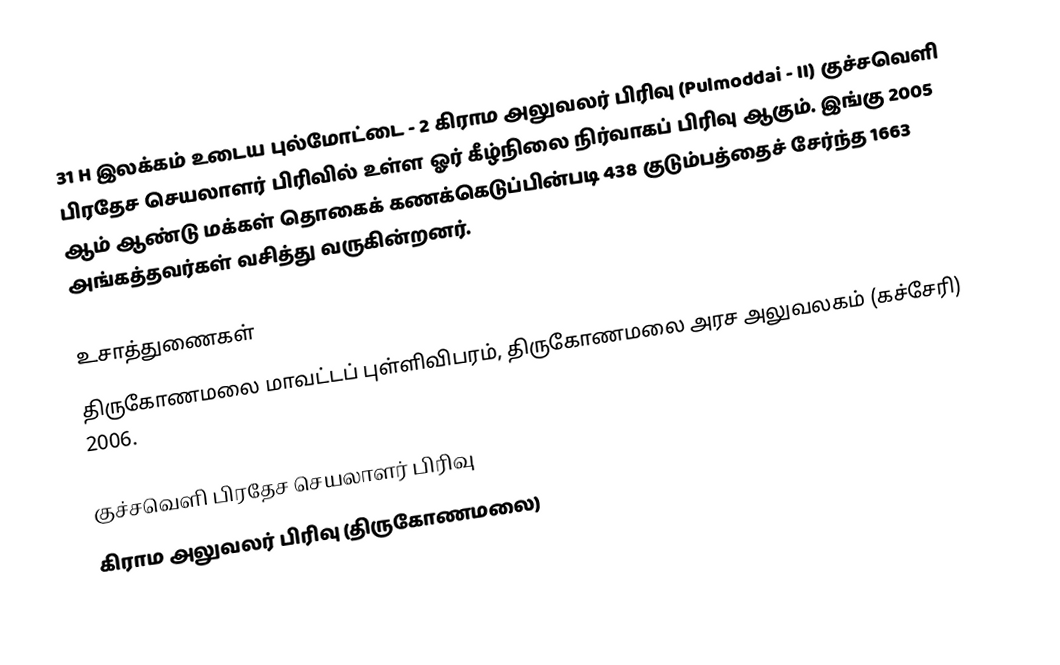
31 H இலக்கம்  உடைய புல்மோட்டை - 2 கிராம அலுவலர் பிரிவு (Pulmoddai - II) குச்சவெளி பிரதேச செயலாளர் பிரிவில் உள்ள ஓர் கீழ்நிலை நிர்வாகப் பிரிவு ஆகும். இங்கு 2005 ஆம் ஆண்டு மக்கள் தொகைக் கணக்கெடுப்பின்படி 438 குடும்பத்தைச் சேர்ந்த 1663 அங்கத்தவர்கள் வசித்து வருகின்றனர்.

உசாத்துணைகள்
திருகோணமலை மாவட்டப் புள்ளிவிபரம்,  திருகோணமலை அரச அலுவலகம் (கச்சேரி) 2006.

குச்சவெளி பிரதேச செயலாளர் பிரிவு
கிராம அலுவலர் பிரிவு (திருகோணமலை)